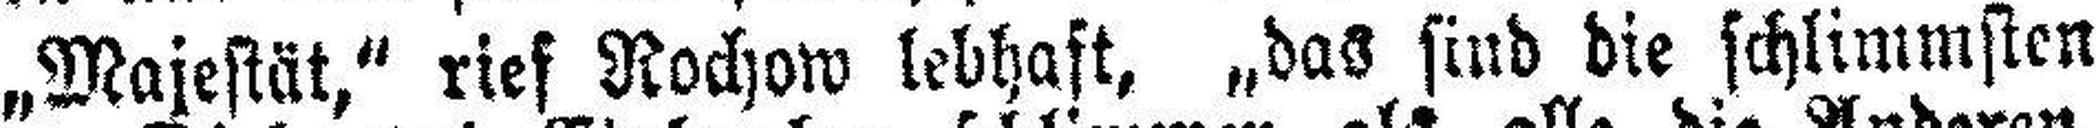
„Majestät,“ rief Rochow lebhaft, „das sind die schlimmsten